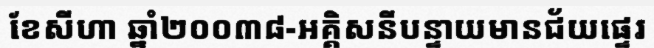
ខែសីហា ឆ្នាំ២០០៣៨-អគ្គិសនីបន្ទាយមានជ័យផ្ទេរ